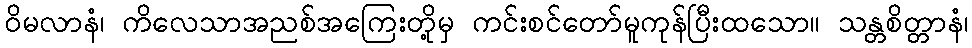
ဝိမလာနံ၊ ကိလေသာအညစ်အကြေးတို့မှ ကင်းစင်တော်မူကုန်ပြီးထသော။ သန္တစိတ္တာနံ၊